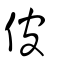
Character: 佊